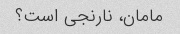
مامان، نارنجی است؟